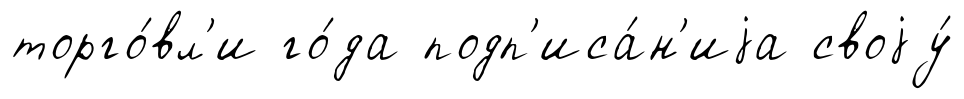
торго́вл'и го́да подп'иса́н'иjа своjу́